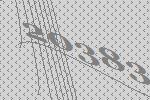
20383